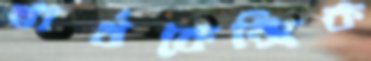
স্বার্থকেন্দ্রিক